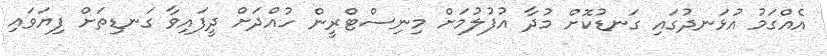
އެއްގަމު އުޅަނދުގައި ގަނޑުކޮށް މުދާ އުފުލުމަށް މިނިސްޓްރީން ހުއްދަށް ދީފައިވާ ގަނޑިތަށް ފިޔަވައި